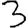
Digit: 3